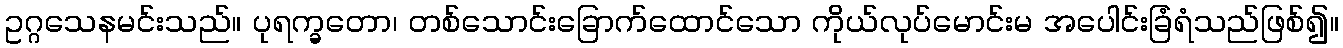
ဥဂ္ဂသေနမင်းသည်။ ပုရက္ခတော၊ တစ်သောင်းခြောက်ထောင်သော ကိုယ်လုပ်မောင်းမ အပေါင်းခြံရံသည်ဖြစ်၍။